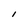
Character: I